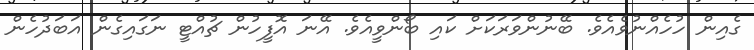
ގެއިން ހުހެއްނުވެއެވެ. ބޭނުންވަރަކަށް ކައި ބޯންވީއެވެ. އޭނަ އޮފީހުން ޗުއްޓީ ނަގައިގެން އަބަދުހެން